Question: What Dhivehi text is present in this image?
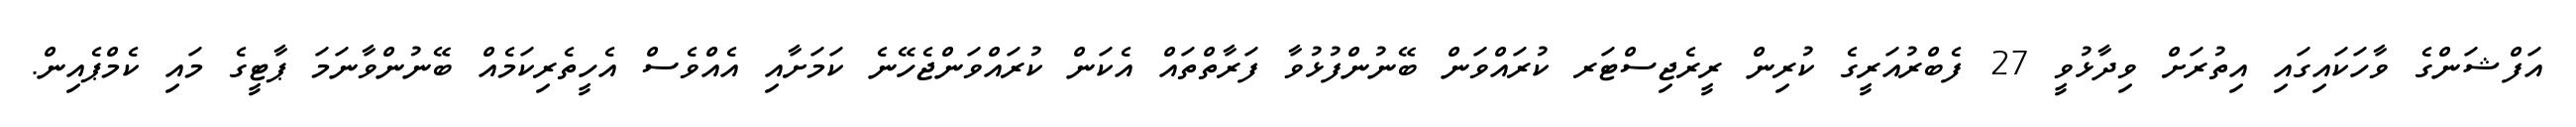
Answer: އަފްޝަންގެ ވާހަކައިގައި އިތުރަށް ވިދާޅުވީ 27 ފެބްރުއަރީގެ ކުރިން ރީރެޖިސްޓަރ ކުރައްވަން ބޭނުންފުޅުވާ ފަރާތްތައް އެކަން ކުރައްވަންޖެހޭނެ ކަމަށާއި އެއްވެސް އެހީތެރިކަމެއް ބޭނުންވާނަމަ ޕާޓީގެ މައި ކެމްޕެއިން.